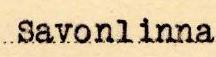
Savonlinna